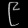
Digit: ၉